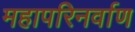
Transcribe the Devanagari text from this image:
महापरिनर्वाण